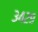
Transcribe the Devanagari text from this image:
३४२९